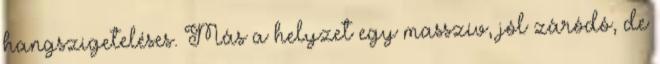
hangszigeteléses. Más a helyzet egy masszív, jól záródó, de